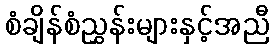
စံချိန်စံညွှန်းများနှင့်အညီ